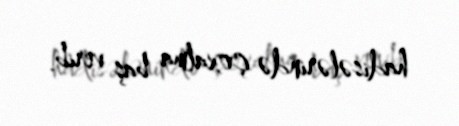
hadisələrində çoxalma baş verib.